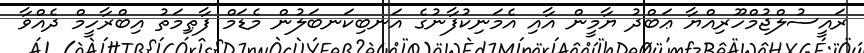
ރައީސުލްޖުމްހޫރިއްޔާ ޢަބްދު ޔާމީން އާއި އެމަނިކުފާނުގެ އަނބިކަނބަލުން މެޑަމް ފާޠިމަތު އިބްރާހީމް ދެއްވާ